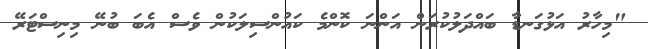
"މިހާރު އަޅުގަނޑާ ބައްދަލުކުރަން އަންނަ ކޮންމެ ކައުންސިލަކުން ވެސް އެބަ ބުނޭ މިނިސްޓަރޭ